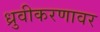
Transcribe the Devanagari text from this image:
ध्रुवीकरणावर